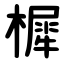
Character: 樨